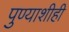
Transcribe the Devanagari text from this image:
पुण्याशीही